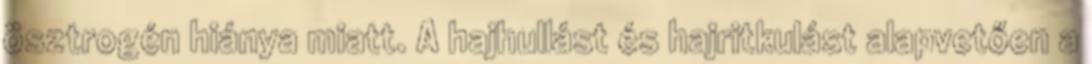
ösztrogén hiánya miatt. A hajhullást és hajritkulást alapvetően a